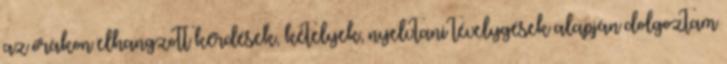
az órákon elhangzott kérdések, kételyek, nyelvtani tévelygések alapján dolgoztam